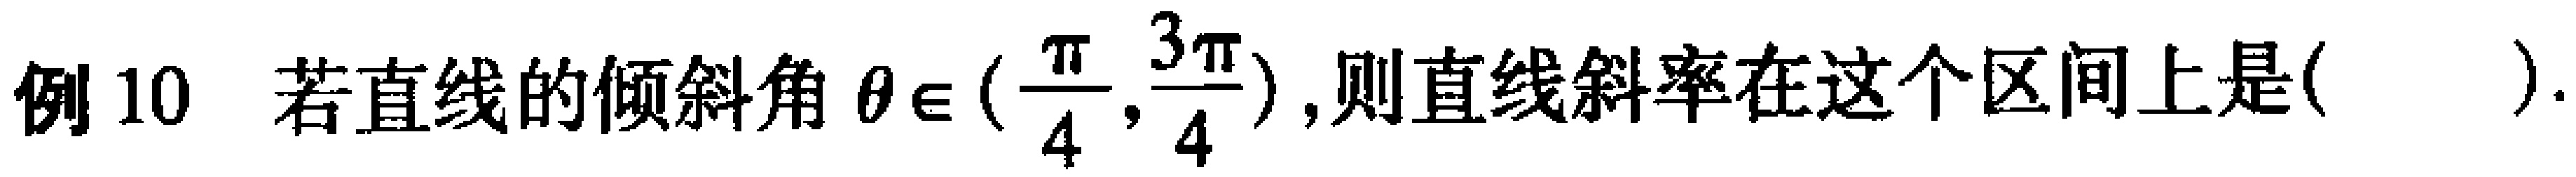
例10 若直线的倾斜角\(\theta\in(\frac{\pi}{4},\frac{3\pi}{4})\),则直线斜率在这个区间上是(  ).